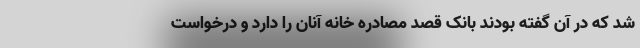
شد که در آن گفته بودند بانک قصد مصادره خانه آنان را دارد و درخواست